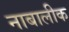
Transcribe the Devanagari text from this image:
नाबालीक